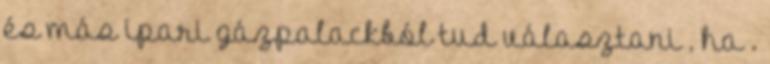
és más ipari gázpalackból tud választani , ha .